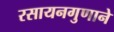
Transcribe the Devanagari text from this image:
रसायनगुणाने